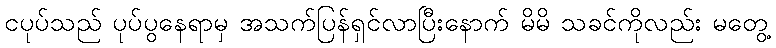
ငပုပ်သည် ပုပ်ပွနေရာမှ အသက်ပြန်ရှင်လာပြီးနောက် မိမိ သခင်ကိုလည်း မတွေ့